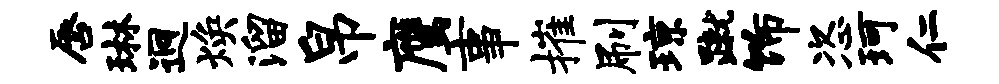
唇琳迥焕溜帛鹰事摧刷琼蹴饰恣珂仁